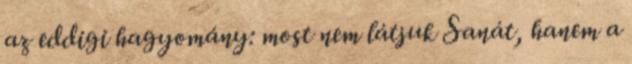
az eddigi hagyomány: most nem látjuk Sanát, hanem a